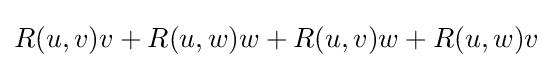
R(u,v)v+R(u,w)w+R(u,v)w+R(u,w)v